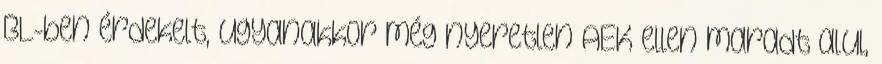
BL-ben érdekelt, ugyanakkor még nyeretlen AEK ellen maradt alul,